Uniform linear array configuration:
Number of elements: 8
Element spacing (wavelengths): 0.5
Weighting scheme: hamming
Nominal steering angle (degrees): -45
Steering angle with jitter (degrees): -45.468
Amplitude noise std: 0.05
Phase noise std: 0.05

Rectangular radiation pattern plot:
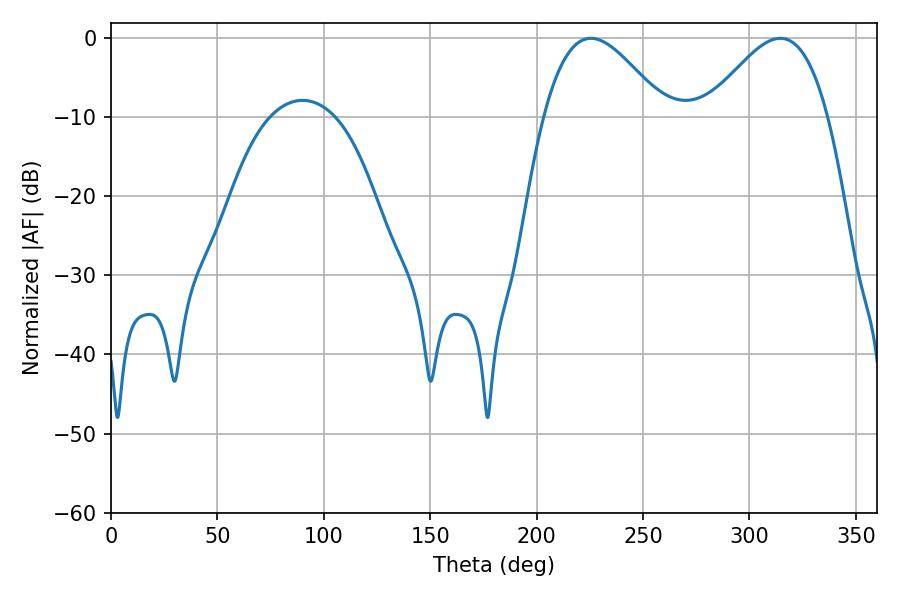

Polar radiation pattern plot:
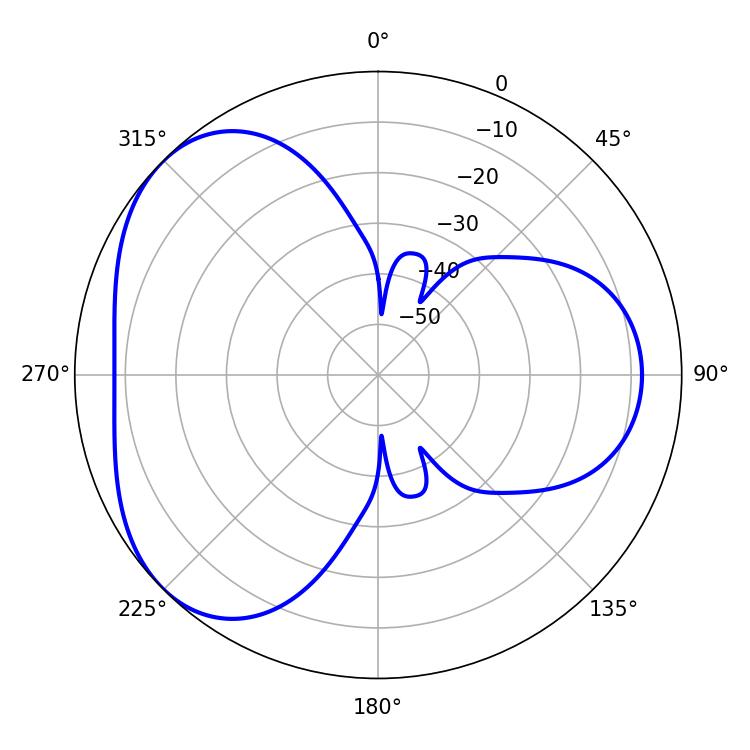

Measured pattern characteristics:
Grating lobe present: FALSE
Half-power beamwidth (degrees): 30.6
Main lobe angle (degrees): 225.54